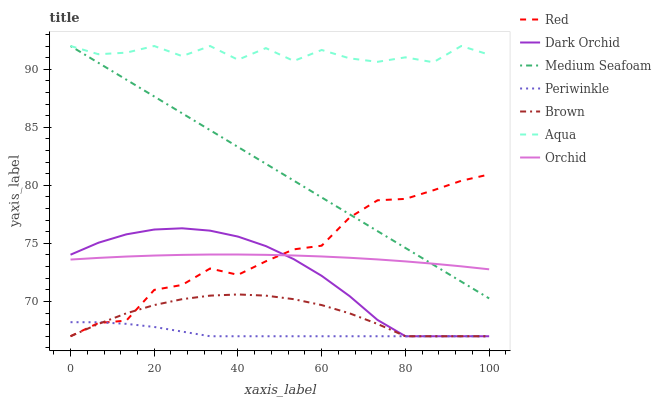
| xaxis_label | Red | Dark Orchid | Medium Seafoam | Periwinkle | Brown | Aqua | Orchid |
 | --- | --- | --- | --- | --- | --- | --- | --- |
 | 0 | 67 | 74 | 92 | 68.2 | 67 | 92 | 73.6 |
 | 6.67 | 68.1 | 75.1 | 90.6 | 68.2 | 68.1 | 91.3 | 73.7 |
 | 13.3 | 68.3 | 75.8 | 89.1 | 68.1 | 69 | 91.4 | 73.9 |
 | 20 | 71 | 76.2 | 87.7 | 67.8 | 69.7 | 92 | 74 |
 | 26.7 | 71.4 | 76.3 | 86.2 | 67.4 | 70.2 | 91.1 | 74 |
 | 33.3 | 72.8 | 76.1 | 84.8 | 67 | 70.5 | 92 | 74 |
 | 40 | 72.3 | 75.6 | 83.3 | 67 | 70.6 | 90.8 | 74 |
 | 46.7 | 73.5 | 74.8 | 81.9 | 67 | 70.5 | 91.8 | 74 |
 | 53.3 | 74.5 | 73.6 | 80.4 | 67 | 70.2 | 90.7 | 74 |
 | 60 | 74.8 | 72.2 | 79 | 67 | 69.7 | 91.7 | 73.9 |
 | 66.7 | 77.2 | 70.5 | 77.5 | 67 | 69 | 90.9 | 73.8 |
 | 73.3 | 78.7 | 68.4 | 76.1 | 67 | 68.1 | 90.6 | 73.6 |
 | 80 | 78.8 | 67 | 74.6 | 67 | 67 | 91 | 73.4 |
 | 86.7 | 79.6 | 67 | 73.2 | 67 | 67 | 90.6 | 73.2 |
 | 93.3 | 80.4 | 67 | 71.7 | 67 | 67 | 92 | 73 |
 | 100 | 80.9 | 67 | 70.3 | 67 | 67 | 91.3 | 72.8 |